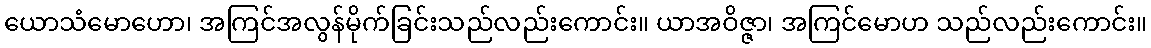
ယောသံမောဟော၊ အကြင်အလွန်မိုက်ခြင်းသည်လည်းကောင်း။ ယာအဝိဇ္ဇာ၊ အကြင်မောဟ သည်လည်းကောင်း။